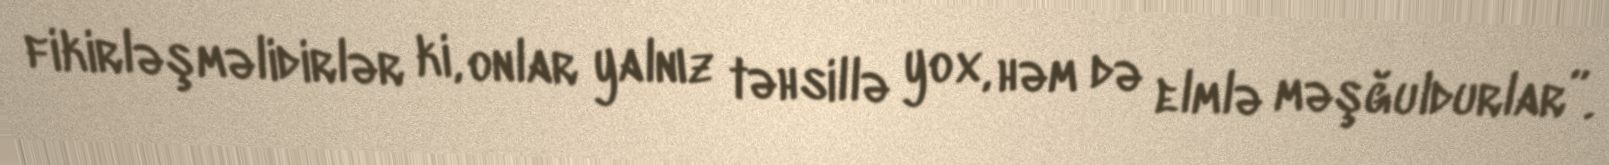
fikirləşməlidirlər ki, onlar yalnız təhsillə yox, həm də elmlə məşğuldurlar”.